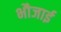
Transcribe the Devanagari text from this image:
भौजाई